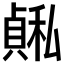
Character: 𫁅